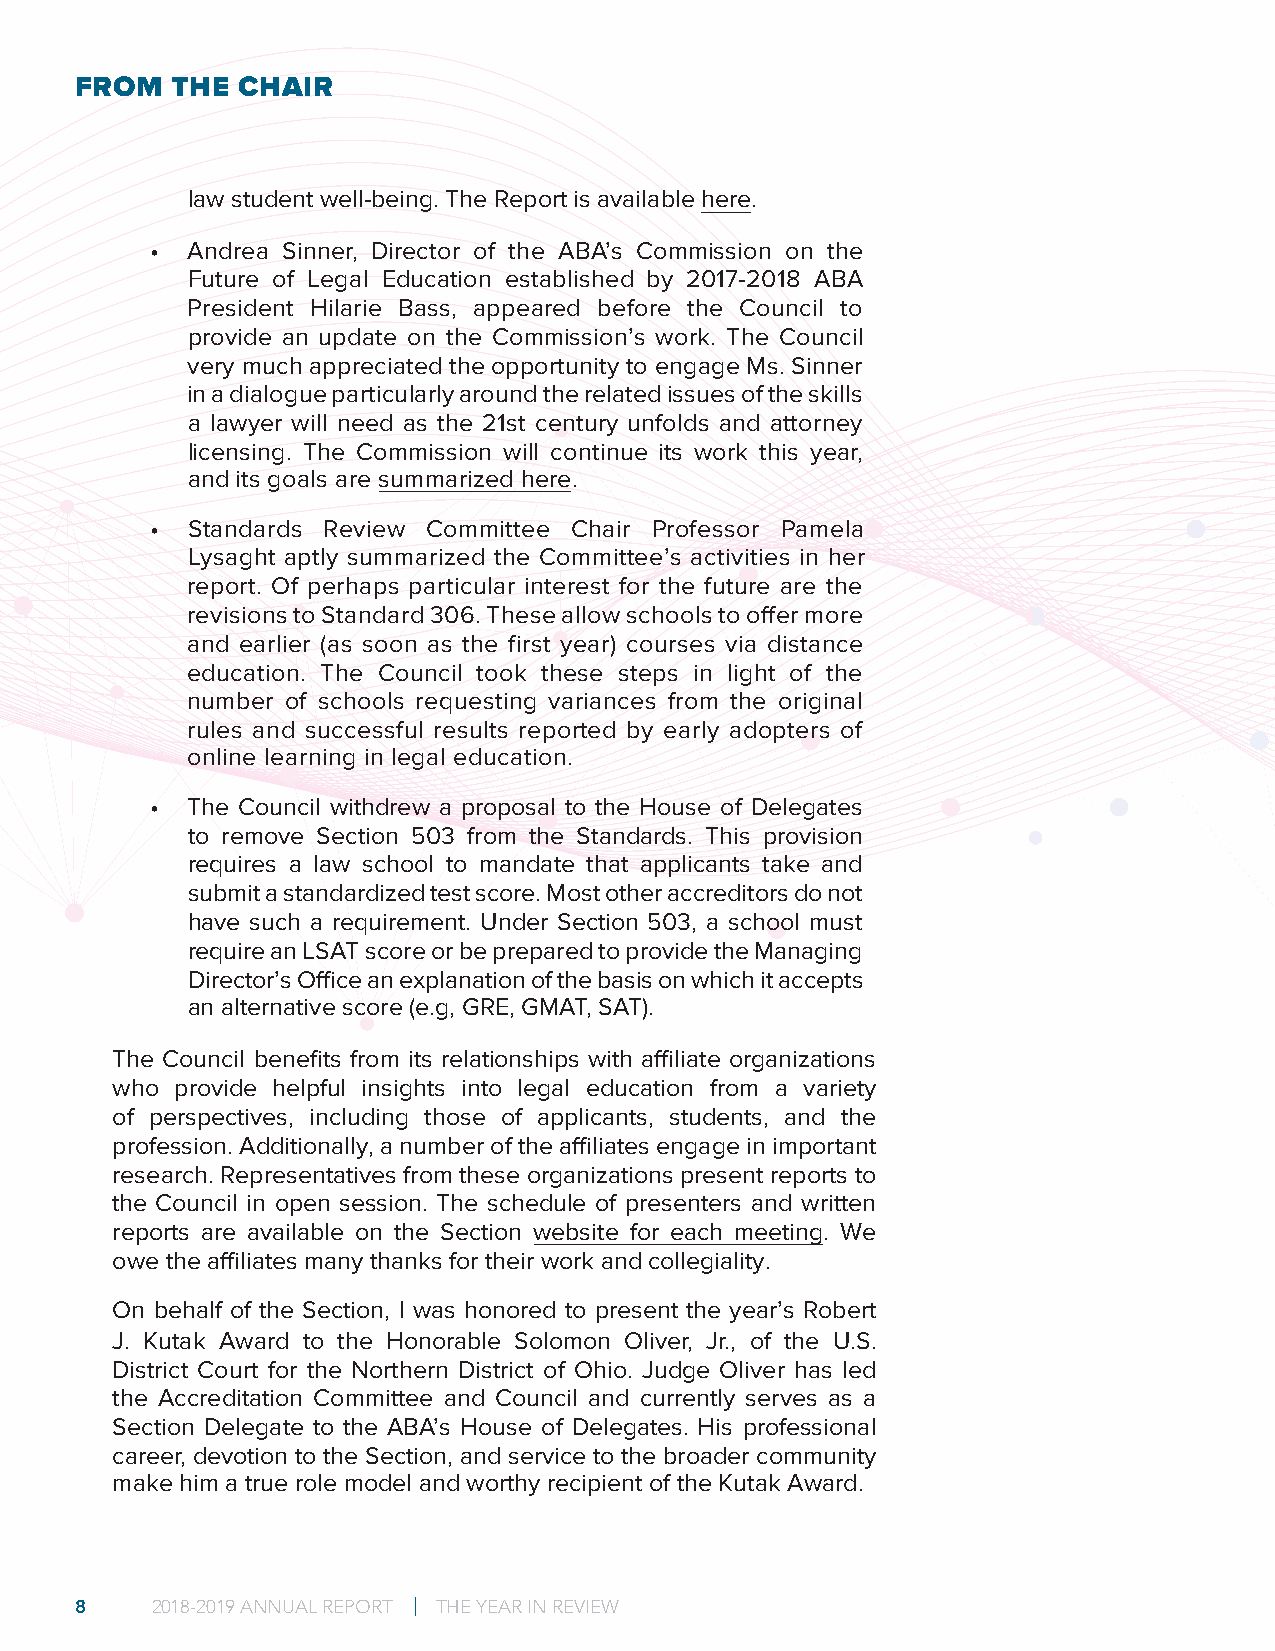
FROM  THE  CHAIR
 law student well-being. The Report is available here.
 • Andrea Sinner, Director of the ABA’s Commission on the
 Future of Legal Education established by 2017-2018 ABA
 President Hilarie Bass, appeared before the Council to
 provide an update on the Commission’s work. The Council
 very much appreciated the opportunity to engage Ms. Sinner
 in a dialogue particularly around the related issues of the skills
 a lawyer will need as the 21st century unfolds and attorney
 licensing. The Commission will continue its work this year,
 and its goals are summarized here.
 • Standards Review Committee Chair Professor Pamela
 Lysaght aptly summarized the Committee’s activities in her
 report. Of perhaps particular interest for the future are the
 revisions to Standard 306. These allow schools to offer more
 and earlier (as soon as the first year) courses via distance
 education. The Council took these steps in light of the
 number of schools requesting variances from the original
 rules and successful results reported by early adopters of
 online learning in legal education.
 • The Council withdrew a proposal to the House of Delegates
 to remove Section 503 from the Standards. This provision
 requires a law school to mandate that applicants take and
 submit a standardized test score. Most other accreditors do not
 have such a requirement. Under Section 503, a school must
 require an LSAT score or be prepared to provide the Managing
 Director’s Office an explanation of the basis on which it accepts
 an alternative score (e.g, GRE, GMAT, SAT).
 The Council benefits from its relationships with affiliate organizations
 who  provide helpful insights into legal education from a variety
 of perspectives, including those of applicants, students, and the
 profession. Additionally, a number of the affiliates engage in important
 research. Representatives from these organizations present reports to
 the Council in open session. The schedule of presenters and written
 reports are available on the Section website for each meeting. We
 owe the affiliates many thanks for their work and collegiality.
 On behalf of the Section, I was honored to present the year’s Robert
 J. Kutak Award to the Honorable Solomon Oliver, Jr., of the U.S.
 District Court for the Northern District of Ohio. Judge Oliver has led
 the Accreditation Committee and Council and currently serves as a
 Section Delegate to the ABA’s House of Delegates. His professional
 career, devotion to the Section, and service to the broader community
 make him a true role model and worthy recipient of the Kutak Award.
 8    2018-2019 ANNUAL REPORT | THE YEAR IN REVIEW